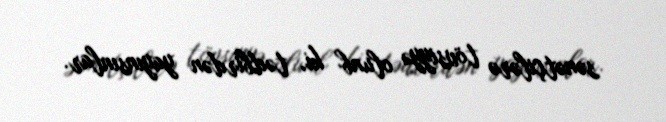
sənətçilərə tövsiyyə olunb ki, tədbirdən yayınsınlar.